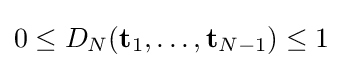
0\leq D_{N}({\mathbf {t} }_{1},\dots ,{\mathbf {t} }_{N-1})\leq 1